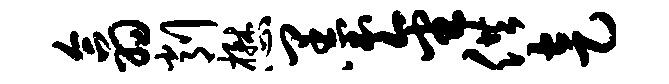
翕削懋墨金供走